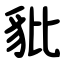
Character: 豼